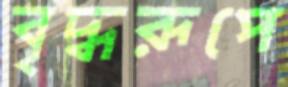
বৃদ্ধরূপে